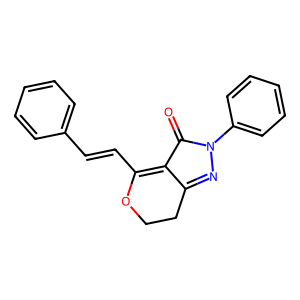
SMILES: O=C1C2=C(C=Cc3ccccc3)OCCC2=NN1c1ccccc1
Inhibits HIV replication: No